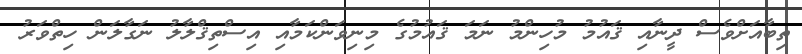
ތިބާއަށްވެސް ދީނާއި ޤައުމު މުހިންމު ނަމަ ޤައުމުގެ މިނިވަންކަމާއި އިސްތިޤްލާލު ނަގާލަން ހިތްވަރު